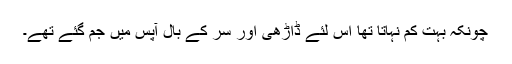
چونکہ بہت کم نہاتا تھا اس لئے ڈاڑھی اور سَر کے بال آپس میں جم گئے تھے۔